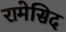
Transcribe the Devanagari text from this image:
रामेसिद